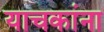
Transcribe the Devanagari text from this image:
याचकांना